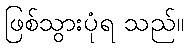
ဖြစ်သွားပုံရ သည်။